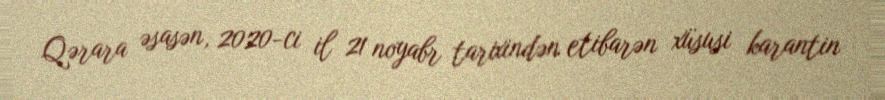
Qərara əsasən, 2020-ci il 21 noyabr tarixindən etibarən xüsusi karantin